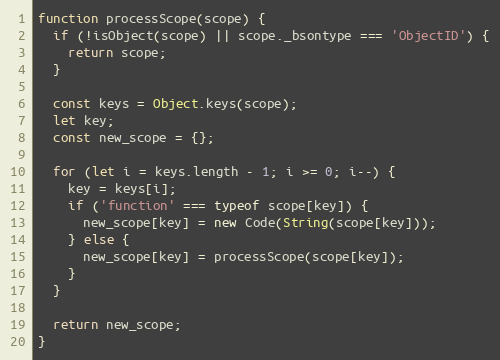
Language: JavaScript
function processScope(scope) {
  if (!isObject(scope) || scope._bsontype === 'ObjectID') {
    return scope;
  }

  const keys = Object.keys(scope);
  let key;
  const new_scope = {};

  for (let i = keys.length - 1; i >= 0; i--) {
    key = keys[i];
    if ('function' === typeof scope[key]) {
      new_scope[key] = new Code(String(scope[key]));
    } else {
      new_scope[key] = processScope(scope[key]);
    }
  }

  return new_scope;
}